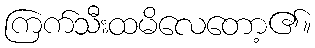
ကြက်သီးထမိလေတော့၏။